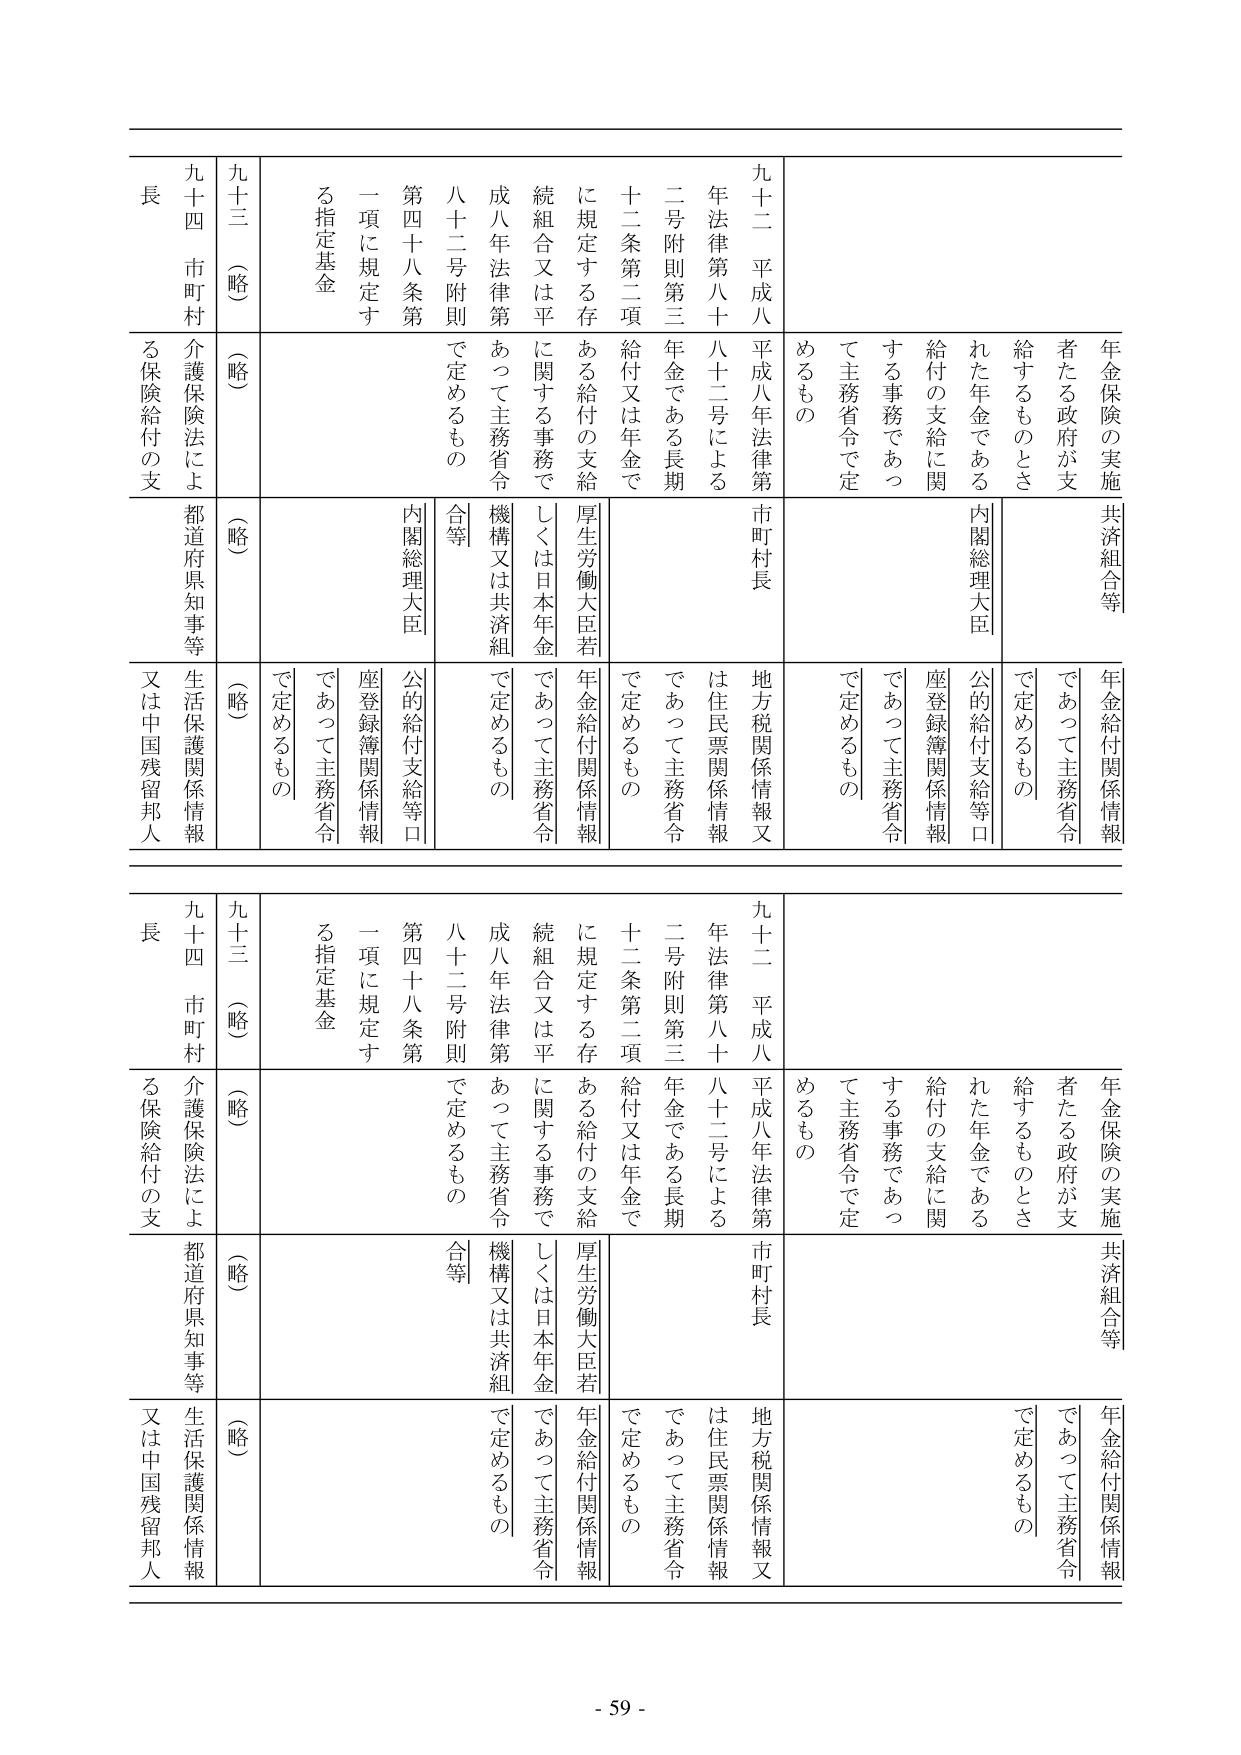
年金保険の実施 共済組合等
者たる政府が支給するものとされた年金である
給付の支給に関する事務であつて主務省令で定めるもの
内閣総理大臣
年金給付関係情報
であつて主務省令で定めるもの
公的給付支給等口座登録簿関係情報
であつて主務省令で定めるもの
九十二 平成八年法律第八十八十二号による
年金である長期給付又は年金で
十二条第二項に規定する存在する給付の支給
続組合又は平成八年法律第八十二号附則第三条第一項に規定する指定基金
あつて主務省令で定めるもの
厚生労働大臣若しくは日本年金機構又は共済組合等
年金給付関係情報
であつて主務省令で定めるもの
地方税関係情報又は住民票関係情報
であつて主務省令で定めるもの
九十三 （略）
（略）
（略）
九十四 市町村長
介護保険法による保険給付の支
都道府県知事等
生活保護関係情報
又は中国残留邦人

年金保険の実施 共済組合等
者たる政府が支給するものとされた年金である
給付の支給に関する事務であつて主務省令で定めるもの
内閣総理大臣
年金給付関係情報
であつて主務省令で定めるもの
公的給付支給等口座登録簿関係情報
であつて主務省令で定めるもの
九十二 平成八年法律第八十八十二号による
年金である長期給付又は年金で
十二条第二項に規定する存在する給付の支給
続組合又は平成八年法律第八十二号附則第三条第一項に規定する指定基金
あつて主務省令で定めるもの
厚生労働大臣若しくは日本年金機構又は共済組合等
年金給付関係情報
であつて主務省令で定めるもの
地方税関係情報又は住民票関係情報
であつて主務省令で定めるもの
九十三 （略）
（略）
（略）
九十四 市町村長
介護保険法による保険給付の支
都道府県知事等
生活保護関係情報
又は中国残留邦人

- 59 -